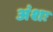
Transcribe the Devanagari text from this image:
अंशः